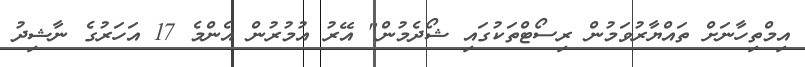
އިމްތިހާނަށް ތައްޔާރުވަމުން ރިސޯޓްތަކުގައި ޝޯދެމުން" އޭރު އުމުރުން އެންމެ 17 އަހަރުގެ ނާޝިދު